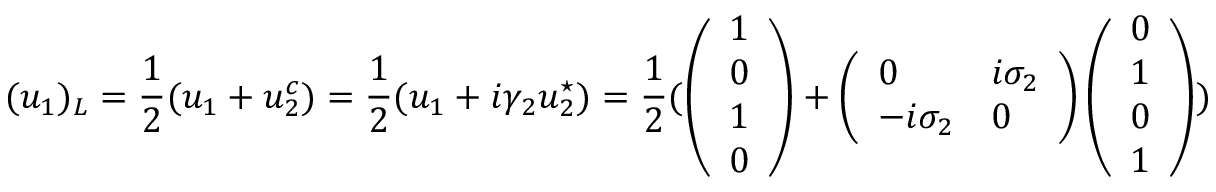
( u _ { 1 } ) _ { L } = \frac { 1 } { 2 } ( u _ { 1 } + u _ { 2 } ^ { c } ) = \frac { 1 } { 2 } ( u _ { 1 } + i \gamma _ { 2 } u _ { 2 } ^ { \star } ) = \frac { 1 } { 2 } ( \left( \begin{array} { l } { 1 } \\ { 0 } \\ { 1 } \\ { 0 } \end{array} \right) + \left( \begin{array} { l l } { 0 } & { i \sigma _ { 2 } } \\ { - i \sigma _ { 2 } } & { 0 } \end{array} \right) \left( \begin{array} { l } { 0 } \\ { 1 } \\ { 0 } \\ { 1 } \end{array} \right) )